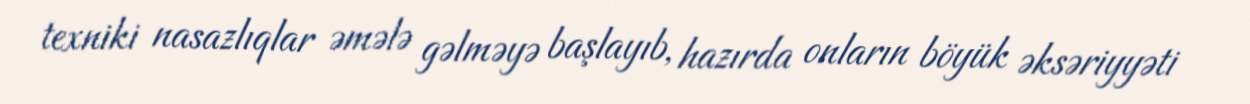
texniki nasazlıqlar əmələ gəlməyə başlayıb, hazırda onların böyük əksəriyyəti